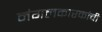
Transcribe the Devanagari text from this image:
मंगलकारकांची